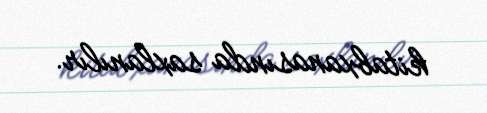
kitabxanasında saxlanılır.